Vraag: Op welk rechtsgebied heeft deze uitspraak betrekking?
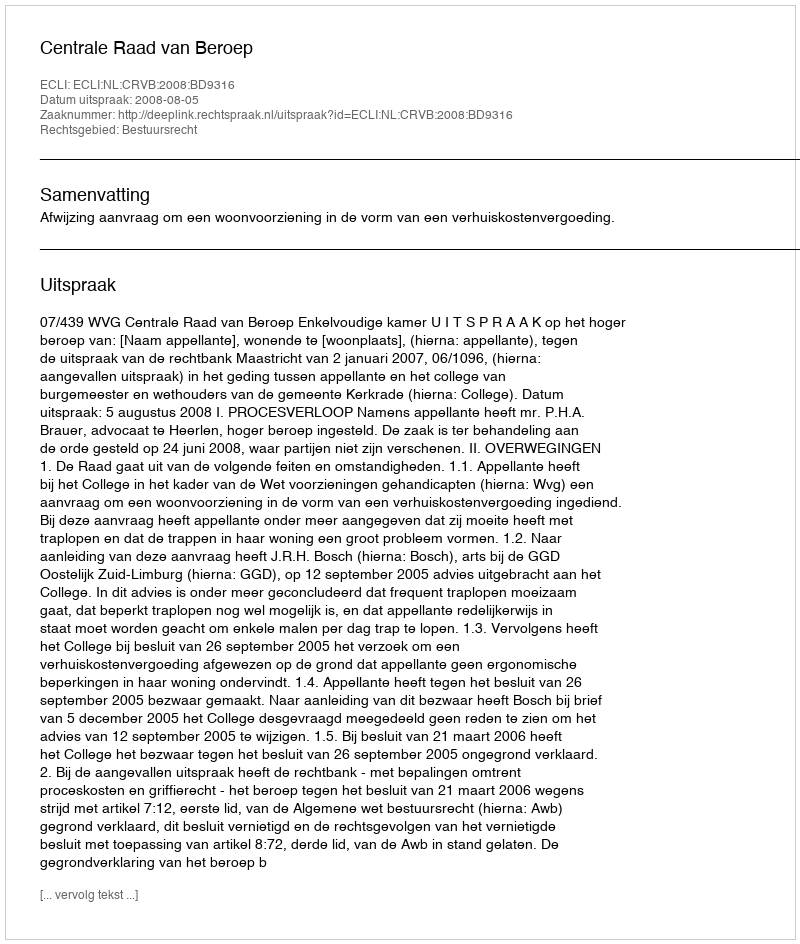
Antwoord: Bestuursrecht